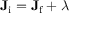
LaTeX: \mathbf { J } _ { \mathrm { i } } = \mathbf { J } _ { \mathrm { f } } + { \boldsymbol { \lambda } }